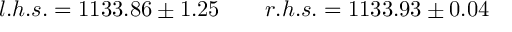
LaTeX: l . h . s . = 1 1 3 3 . 8 6 \pm 1 . 2 5 \qquad r . h . s . = 1 1 3 3 . 9 3 \pm 0 . 0 4